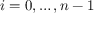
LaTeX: i = 0 , \ldots , n - 1